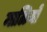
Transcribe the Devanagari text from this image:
माळियों